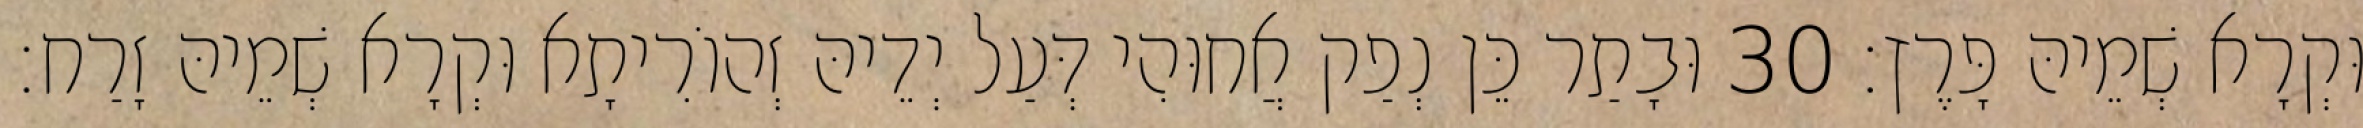
וּקְרָא שְׁמֵיהּ פָּרֶץ׃ 30 וּבָתַר כֵּן נְפַק אֲחוּהִי דְּעַל יְדֵיהּ זְהוֹרִיתָא וּקְרָא שְׁמֵיהּ זָרַח׃